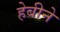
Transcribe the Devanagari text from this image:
हेबीने